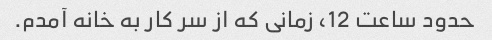
حدود ساعت 12، زمانی که از سر کار به خانه آمدم.